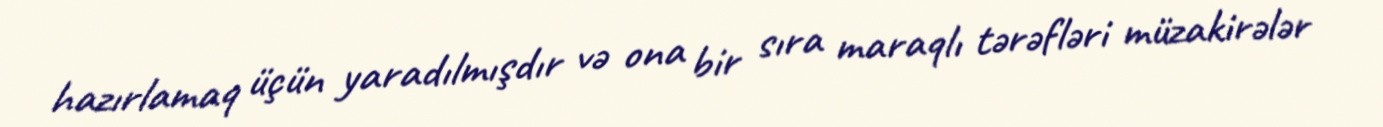
hazırlamaq üçün yaradılmışdır və ona bir sıra maraqlı tərəfləri müzakirələr